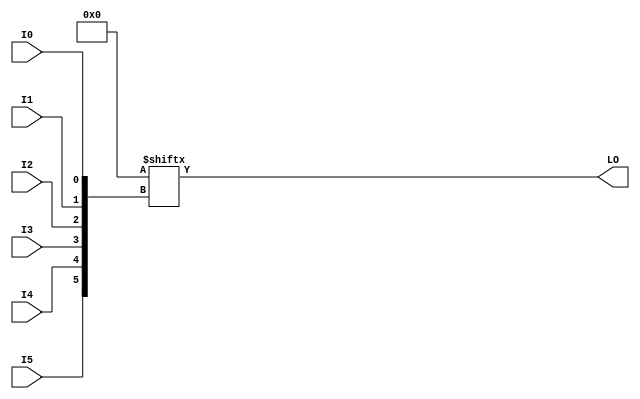
// $Header: /devl/xcs/repo/env/Databases/CAEInterfaces/verunilibs/data/rainier/LUT6_L.v,v 1.2.156.1 2007/03/09 18:12:56 patrickp Exp $
///////////////////////////////////////////////////////////////////////////////
// Copyright (c) 1995/2004 Xilinx, Inc.
// All Right Reserved.
///////////////////////////////////////////////////////////////////////////////
//   ____  ____
//  /   /\/   /
// /___/  \  /    Vendor : Xilinx
// \   \   \/     Version : 8.1i (I.13)
//  \   \         Description : Xilinx Functional Simulation Library Component
//  /   /                  6-input Look-Up-Table with Local Output
// /___/   /\     Filename : LUT6_L.v
// \   \  /  \    Timestamp : Thu Mar 25 16:42:54 PST 2004
//  \___\/\___\
//
// Revision:
//    03/23/04 - Initial version.
//    02/04/05 - Replace premitive with function; Remove buf.
// End Revision

`timescale  100 ps / 10 ps


module LUT6_L (LO, I0, I1, I2, I3, I4, I5);

  parameter INIT = 64'h0000000000000000;

  input I0, I1, I2, I3, I4, I5;

  output LO;

  reg LO;
  reg tmp;

  always @( I5 or I4 or I3 or  I2 or  I1 or  I0 )  begin
 
    tmp =  I0 ^ I1  ^ I2 ^ I3 ^ I4 ^ I5;

    if ( tmp == 0 || tmp == 1)

        LO = INIT[{I5, I4, I3, I2, I1, I0}];

    else 
    
      LO =  lut6_mux8 ( {lut6_mux8 ( INIT[63:56], {I2, I1, I0}),
                          lut6_mux8 ( INIT[55:48], {I2, I1, I0}),
                          lut6_mux8 ( INIT[47:40], {I2, I1, I0}),
                          lut6_mux8 ( INIT[39:32], {I2, I1, I0}),
                          lut6_mux8 ( INIT[31:24], {I2, I1, I0}),
                          lut6_mux8 ( INIT[23:16], {I2, I1, I0}),
                          lut6_mux8 ( INIT[15:8], {I2, I1, I0}),
                          lut6_mux8 ( INIT[7:0], {I2, I1, I0}) }, {I5, I4, I3});
  end

  function lut6_mux8;
  input [7:0] d;
  input [2:0] s;
   
  begin

   if ((s[2]^s[1]^s[0] ==1) || (s[2]^s[1]^s[0] ==0))
           
       lut6_mux8 = d[s];

     else
       if ( ~(|d))
             lut6_mux8 = 1'b0;
       else if ((&d))
             lut6_mux8 = 1'b1;
       else if (((s[1]^s[0] ==1'b1) || (s[1]^s[0] ==1'b0)) && (d[{1'b0,s[1:0]}]==d[{1'b1,s[1:0]}]))
             lut6_mux8 = d[{1'b0,s[1:0]}];
       else if (((s[2]^s[0] ==1) || (s[2]^s[0] ==0)) && (d[{s[2],1'b0,s[0]}]==d[{s[2],1'b1,s[0]}]))
             lut6_mux8 = d[{s[2],1'b0,s[0]}];
       else if (((s[2]^s[1] ==1) || (s[2]^s[1] ==0)) && (d[{s[2],s[1],1'b0}]==d[{s[2],s[1],1'b1}]))
             lut6_mux8 = d[{s[2],s[1],1'b0}];
       else if (((s[0] ==1) || (s[0] ==0)) && (d[{1'b0,1'b0,s[0]}]==d[{1'b0,1'b1,s[0]}]) &&
          (d[{1'b0,1'b0,s[0]}]==d[{1'b1,1'b0,s[0]}]) && (d[{1'b0,1'b0,s[0]}]==d[{1'b1,1'b1,s[0]}]))
             lut6_mux8 = d[{1'b0,1'b0,s[0]}];
       else if (((s[1] ==1) || (s[1] ==0)) && (d[{1'b0,s[1],1'b0}]==d[{1'b0,s[1],1'b1}]) &&
          (d[{1'b0,s[1],1'b0}]==d[{1'b1,s[1],1'b0}]) && (d[{1'b0,s[1],1'b0}]==d[{1'b1,s[1],1'b1}]))
             lut6_mux8 = d[{1'b0,s[1],1'b0}];
       else if (((s[2] ==1) || (s[2] ==0)) && (d[{s[2],1'b0,1'b0}]==d[{s[2],1'b0,1'b1}]) &&
          (d[{s[2],1'b0,1'b0}]==d[{s[2],1'b1,1'b0}]) && (d[{s[2],1'b0,1'b0}]==d[{s[2],1'b1,1'b1}]))
             lut6_mux8 = d[{s[2],1'b0,1'b0}];
       else
             lut6_mux8 = 1'bx;
   end
  endfunction

endmodule